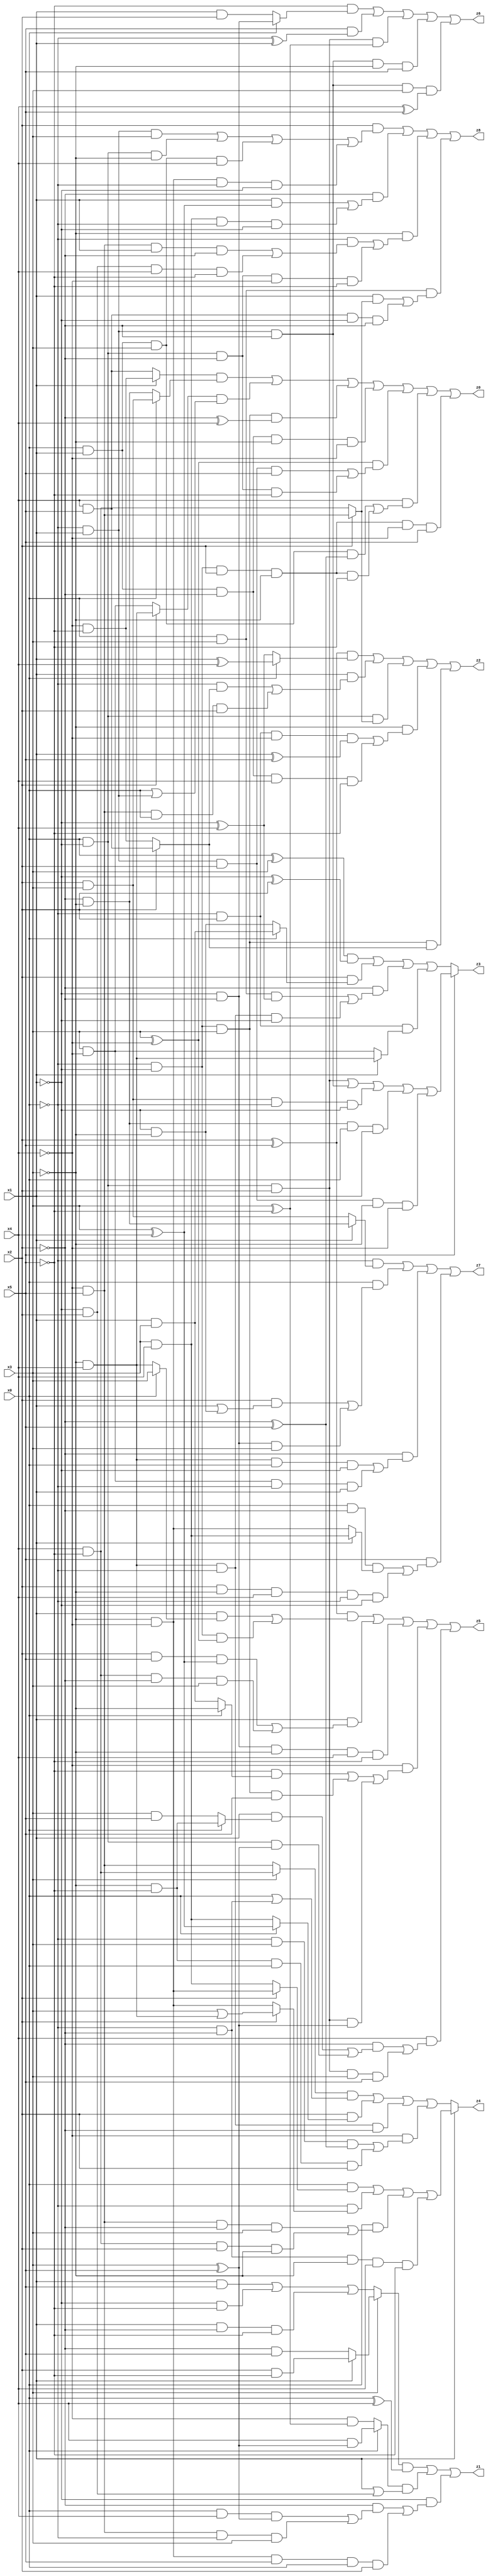
// Benchmark "X_17" written by ABC on Mon Jun 05 23:00:16 2023

module X_17 ( 
    x0, x1, x2, x3, x4, x5,
    z0, z1, z2, z3, z4, z5, z6, z7, z8  );
  input  x0, x1, x2, x3, x4, x5;
  output z0, z1, z2, z3, z4, z5, z6, z7, z8;
  assign z0 = ((x1 ? (~x4 & ~x5) : (x4 & x5)) & (x0 ? (x2 & x3) : (~x2 & ~x3))) | ((x2 ? (~x3 & x4) : (x3 & ~x4)) & (x0 | (~x0 & x1))) | (~x0 & ~x1 & x3 & (~x2 ^ x4)) | (x0 & x1 & ~x2 & ~x3 & ~x4) | ((x3 ^ ~x4) & ((~x0 & x1 & x2 & x5) | (x0 & ~x1 & ~x2 & ~x5))) | (x4 & ((x0 & x1 & x3 & (~x2 ^ x5)) | (~x0 & ~x1 & x2 & ~x3 & ~x5))) | (~x0 & ~x1 & x2 & ~x3 & ~x4 & x5);
  assign z1 = ((x3 ? (x1 ? (x2 & ~x5) : (~x2 & x5)) : ((x1 & x5) | (~x1 & ~x5) | (x1 & ~x2 & ~x5))) & (x0 ^ x4)) | ((x0 ? (x4 & (x3 ^ x5)) : (~x4 & (x3 ^ ~x5))) & (x1 | (~x1 & x2))) | (~x1 & ((~x2 & ((x0 & x4 & (x3 ^ x5)) | (~x4 & x5 & ~x0 & x3))) | (~x3 & ~x4 & x5 & x0 & x2)));
  assign z2 = ((x2 ^ x5) & (x0 ? (x1 ^ x4) : (~x1 ^ x4))) | (x1 & ((~x0 & (x2 ? (x4 & x5) : (~x4 & ~x5))) | (~x4 & x5 & x0 & x2))) | (x0 & ~x1 & (x2 ? (~x4 & x5) : (x4 & ~x5))) | (~x3 & ((~x0 & x2 & ~x4 & (x1 ^ x5)) | (x0 & x1 & ~x2 & x4 & ~x5))) | (~x0 & ~x1 & x3 & (x2 ? (x4 & x5) : (~x4 & ~x5)));
  assign z3 = x5 ? ((x0 & ~x1 & x2) | (~x0 & x1 & ~x2) | (x2 & x3 & ~x0 & ~x1) | (~x2 & ~x3 & x0 & x1) | (~x0 & x1 & x2 & ~x3 & ~x4)) : (((x0 ^ x3) & (~x1 ^ x2)) | (x2 & (x0 ? (x1 & x3) : (~x1 & ~x3))) | (~x2 & ((x0 & x3 & (~x1 ^ x4)) | (~x3 & x4 & ~x0 & ~x1))) | (~x0 & x2 & (x1 ? (~x3 & x4) : (x3 & ~x4))));
  assign z4 = x1 ? ((x0 & (x2 ? (~x3 & ~x4) : (x3 & x4))) | (~x0 & (x2 ? (x3 | (~x3 & x4)) : (~x3 & ~x4))) | (x0 & ((~x4 & x5 & ~x2 & x3) | (x4 & ~x5 & x2 & ~x3))) | (~x0 & ~x2 & ~x3 & x4 & ~x5)) : (((x3 ? (x4 & ~x5) : (~x4 & x5)) & (x0 | (~x0 & ~x2))) | (x2 & (x0 ? (x3 ^ x4) : (x3 & x4))) | (~x3 & x4 & ~x0 & ~x2) | (~x4 & ((~x0 & x3 & (~x2 ^ x5)) | (~x3 & ~x5 & x0 & x2))));
  assign z5 = ((x2 ^ x5) & ((x1 & (x0 ? x3 : (~x3 & x4))) | (~x0 & ~x1 & (x3 ^ ~x4)))) | (x1 & ((x2 & x5 & (x3 ^ x4)) | (x4 & ~x5 & ~x2 & x3))) | (~x1 & ~x2 & ~x3 & x4 & ~x5) | (~x4 & ((~x5 & (x0 ? ~x3 : (x1 & x3))) | (~x0 & ~x1 & x3 & x5) | (x0 & ~x1 & x2 & (x3 ^ x5)))) | (x4 & ((~x2 & ((x1 & (x0 ? (~x3 & ~x5) : (x3 & x5))) | (x0 & ~x1 & (x3 ^ x5)))) | (x0 & ~x1 & x2 & x3 & x5)));
  assign z6 = (~x5 & (x0 ? (~x1 & ~x2) : (x1 & x2))) | (x5 & (~x0 ^ x1)) | (x0 & ~x1 & x2 & (x3 ^ ~x5)) | (~x0 & x1 & ~x2 & ~x3 & x5) | (~x0 & x1 & ~x2 & x3 & (x4 ^ x5));
  assign z7 = (~x0 & (x1 ? (~x2 & ~x3) : (x2 & x3))) | (x0 & ((x2 & (x1 | (~x1 & ~x3))) | (~x1 & ~x2 & x3))) | (~x2 & ((~x3 & x4 & x0 & ~x1) | (x3 & ~x4 & ~x0 & x1))) | (x5 & ((x0 & ~x2 & (x1 ? (x3 & x4) : (~x3 & ~x4))) | (x2 & ~x3 & x4 & ~x0 & ~x1)));
  assign z8 = (x2 & ((~x0 & x1 & x3) | (x0 & ~x1 & ~x3) | (x0 & x1 & x3 & x4) | (~x3 & ~x4 & ~x0 & ~x1))) | (~x2 & ((x1 & (x3 ^ x4)) | (x3 & x4 & ~x0 & ~x1))) | (~x3 & ((~x0 & ((~x4 & x5 & x1 & ~x2) | (~x1 & x2 & x4 & ~x5))) | (x0 & ~x1 & ~x2 & ~x4 & ~x5))) | (x0 & x3 & ((x1 & (x2 ? (~x4 & x5) : (x4 & ~x5))) | (x4 & x5 & ~x1 & ~x2)));
endmodule